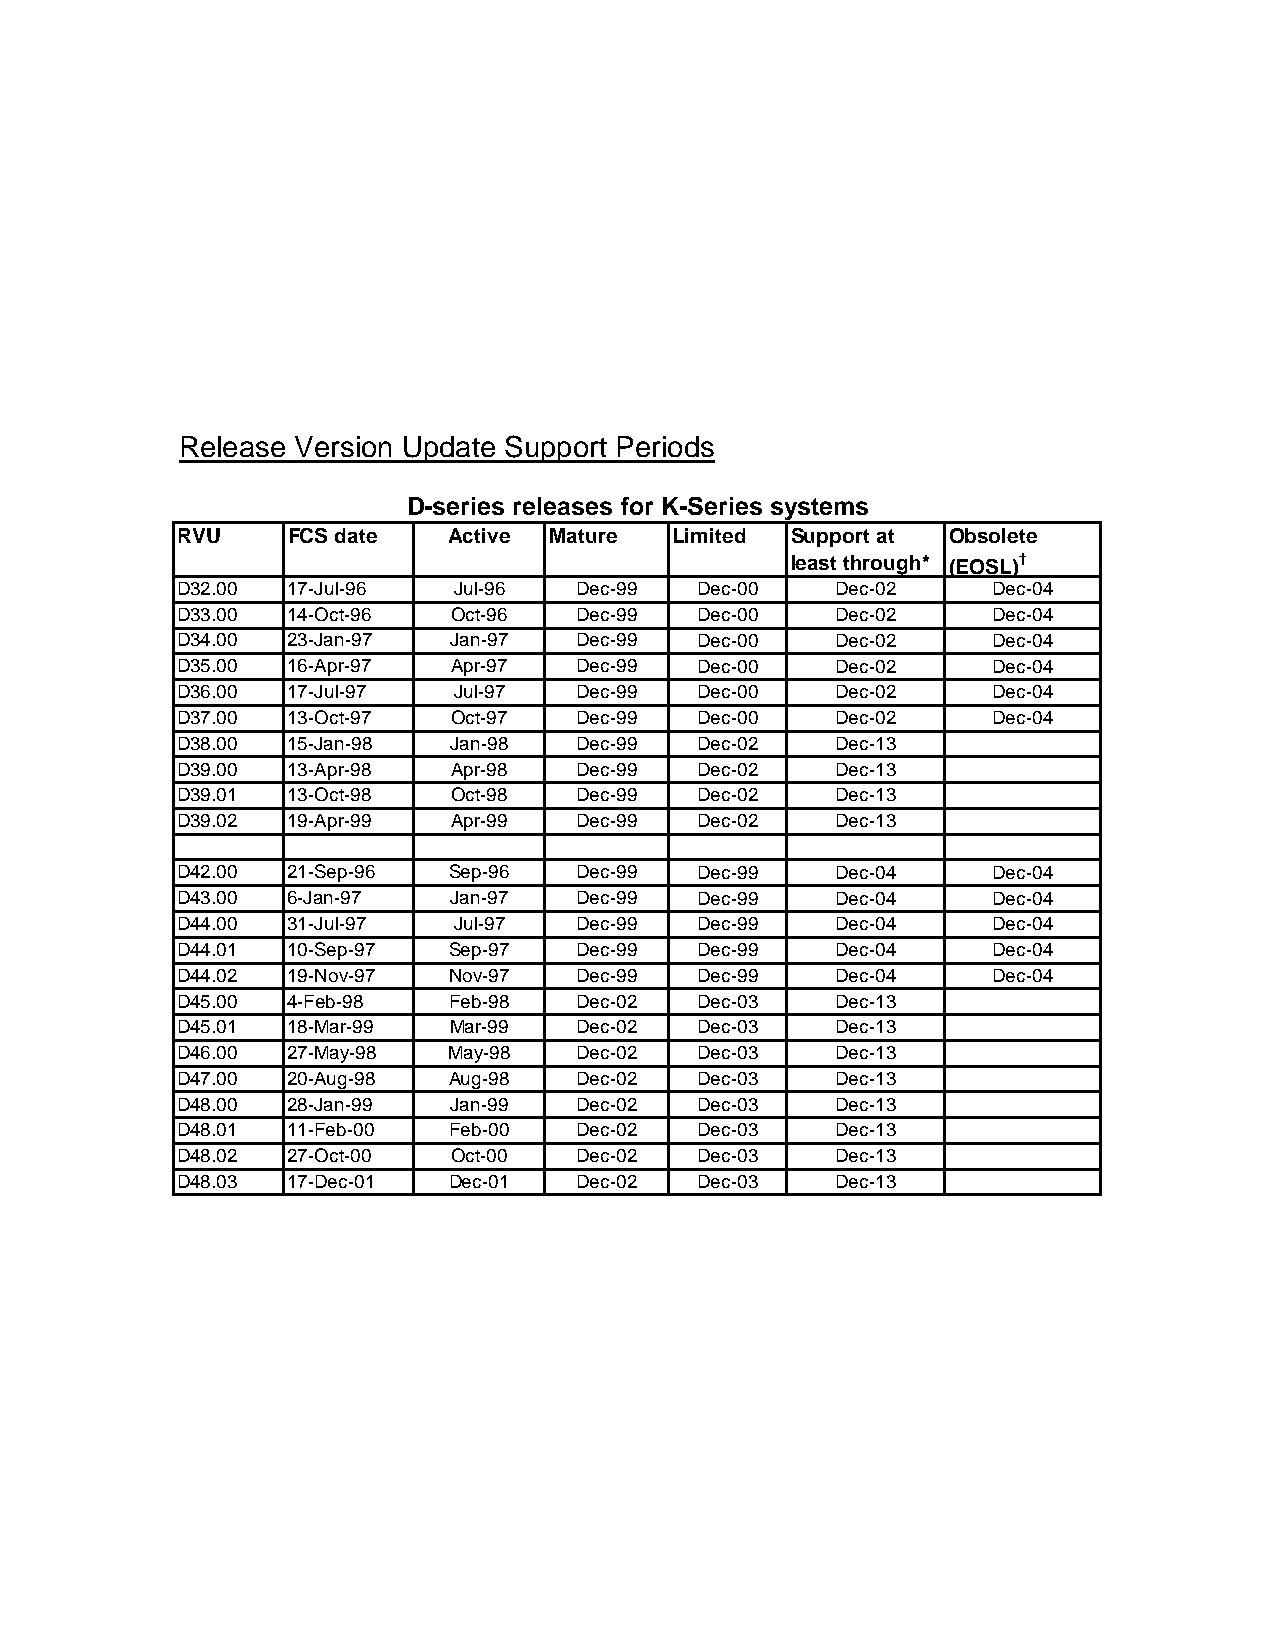
Release Version Update Support Periods
 D-series releases for K-Series systems
 RVU    FCS date   Active Mature  Limited Support at Obsolete
 least through* (EOSL)†
 D32.00 17-Jul-96  Jul-96  Dec-99  Dec-00    Dec-02    Dec-04
 D33.00 14-Oct-96  Oct-96  Dec-99  Dec-00    Dec-02    Dec-04
 D34.00 23-Jan-97  Jan-97  Dec-99  Dec-00    Dec-02    Dec-04
 D35.00 16-Apr-97  Apr-97  Dec-99  Dec-00    Dec-02    Dec-04
 D36.00 17-Jul-97  Jul-97  Dec-99  Dec-00    Dec-02    Dec-04
 D37.00 13-Oct-97  Oct-97  Dec-99  Dec-00    Dec-02    Dec-04
 D38.00 15-Jan-98  Jan-98  Dec-99  Dec-02    Dec-13
 D39.00 13-Apr-98  Apr-98  Dec-99  Dec-02    Dec-13
 D39.01 13-Oct-98  Oct-98  Dec-99  Dec-02    Dec-13
 D39.02 19-Apr-99  Apr-99  Dec-99  Dec-02    Dec-13
 D42.00 21-Sep-96  Sep-96  Dec-99  Dec-99    Dec-04    Dec-04
 D43.00 6-Jan-97   Jan-97  Dec-99  Dec-99    Dec-04    Dec-04
 D44.00 31-Jul-97  Jul-97  Dec-99  Dec-99    Dec-04    Dec-04
 D44.01 10-Sep-97  Sep-97  Dec-99  Dec-99    Dec-04    Dec-04
 D44.02 19-Nov-97  Nov-97  Dec-99  Dec-99    Dec-04    Dec-04
 D45.00 4-Feb-98   Feb-98  Dec-02  Dec-03    Dec-13
 D45.01 18-Mar-99  Mar-99  Dec-02  Dec-03    Dec-13
 D46.00 27-May-98  May-98  Dec-02  Dec-03    Dec-13
 D47.00 20-Aug-98  Aug-98  Dec-02  Dec-03    Dec-13
 D48.00 28-Jan-99  Jan-99  Dec-02  Dec-03    Dec-13
 D48.01 11-Feb-00  Feb-00  Dec-02  Dec-03    Dec-13
 D48.02 27-Oct-00  Oct-00  Dec-02  Dec-03    Dec-13
 D48.03 17-Dec-01  Dec-01  Dec-02  Dec-03    Dec-13